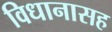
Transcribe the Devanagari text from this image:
विधानासह